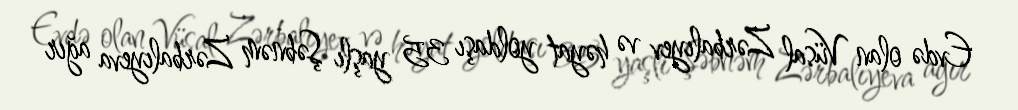
Evdə olan Vüsal Zərbalıyev və həyat yoldaşı 35 yaşlı Şəbnəm Zərbalıyeva ağır